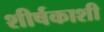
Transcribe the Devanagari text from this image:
शीर्षकाशी